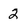
Character: 2